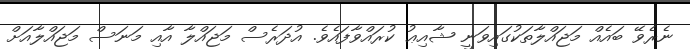
ނެރެވޭ ބައެއް މަޖައްލާތަކުގައިވަނީ ޝާއިޢު ކުރައްވާފައެވެ. އުދަރެސް މަޖައްލާ އާއި މަނަސް މަޖައްލާއަށް